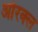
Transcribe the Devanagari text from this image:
ओरक्ल